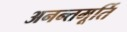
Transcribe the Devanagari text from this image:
अनन्तमूर्ति